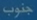
جنوب